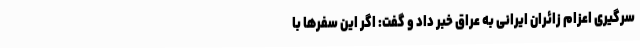
سرگیری اعزام زائران ایرانی به عراق خبر داد و گفت: اگر این سفرها با